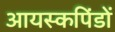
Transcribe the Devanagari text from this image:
आयस्कपिंडों